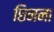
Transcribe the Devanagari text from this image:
छिनना